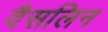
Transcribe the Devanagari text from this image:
वैसलिन